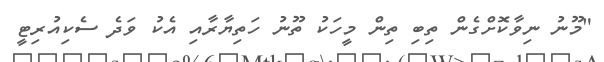
"މޫނު ނިވާކޮށްގެން ތިބި ތިން މީހަކު ތޫނު ހަތިޔާރާއި އެކު ވަދެ ސެކިއުރިޓީ